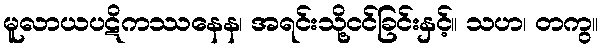
မူလာယပဋိကဿနေန၊ အရင်းသို့ငင်ခြင်းနှင့်။ သဟ၊ တကွ။